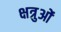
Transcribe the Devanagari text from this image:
क्षत्रुओं